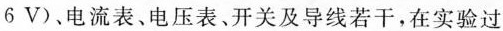
6V)、电流表、电压表、开关及导线若干，在实验过